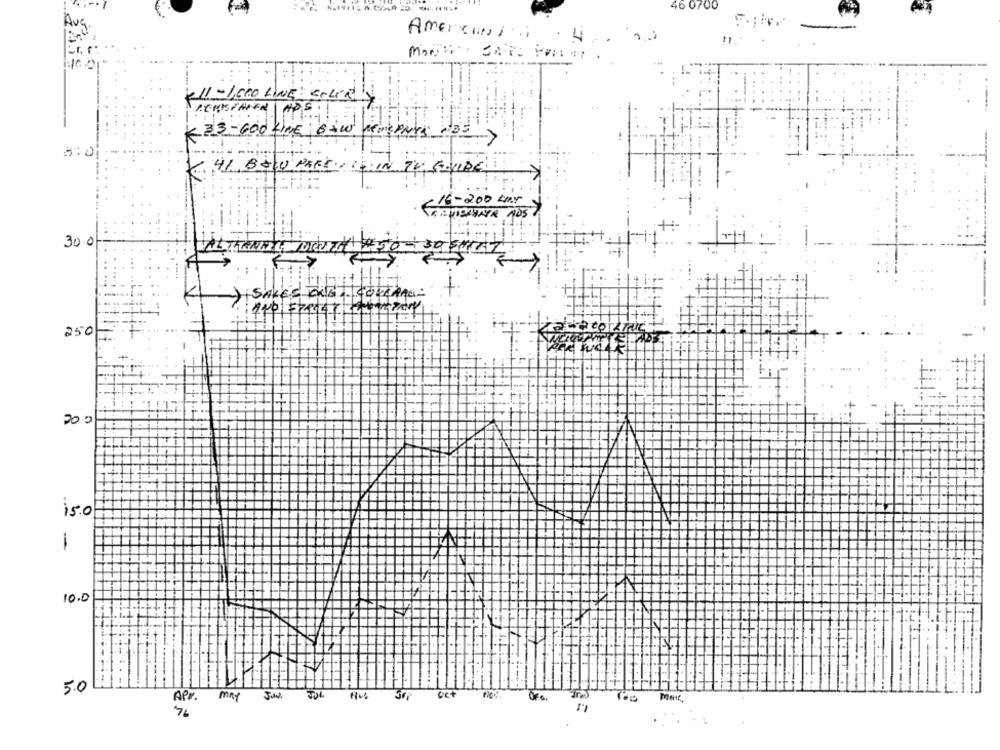
46 0700
Amercanti
1001
11 - 1,600 LINE socialy
RENISTHIER
33 -GOO LINE BAW MEMEPAYS 13
--
< 16-200 kmy
30.0
250
200
is.0
1
10.0
5.0
Ore
APR.
may
7.